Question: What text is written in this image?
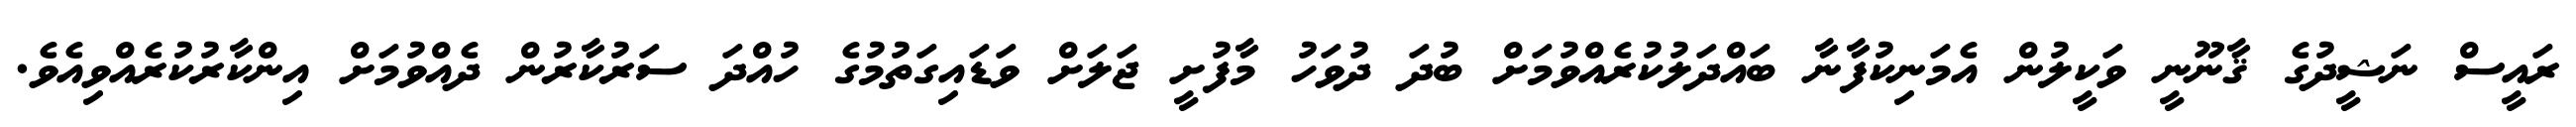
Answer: ރައީސް ނަޝީދުގެ ޤާނޫނީ ވަކީލުން އެމަނިކުފާނާ ބައްދަލުކުރެއްވުމަށް ބުދަ ދުވަހު މާފުށީ ޖަލަށް ވަޑައިގަތުމުގެ ހުއްދަ ސަރުކާރުން ދެއްވުމަށް އިންކާރުކުރެއްވިއެވެ.